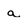
Character: a